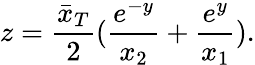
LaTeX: z={\frac{\bar{x}_{T}}{2}}({\frac{e^{-y}}{x_{2}}}+{\frac{e^{y}}{x_{1}}}).